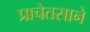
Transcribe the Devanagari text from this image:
प्राचेतसाने